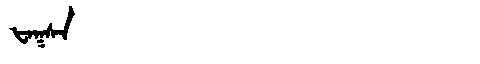
Manchu: ᡶᠠᡴᠰᠠ
Romanization: FAKSA